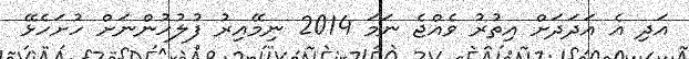
އަދި އެ އަދަދަށް އިތުރު ވެއްޖެ ނަމަ 2014 ނިމޭއިރު ފުލުހުންނަށް ހުށަހެޅޭ